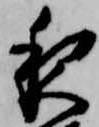
夜